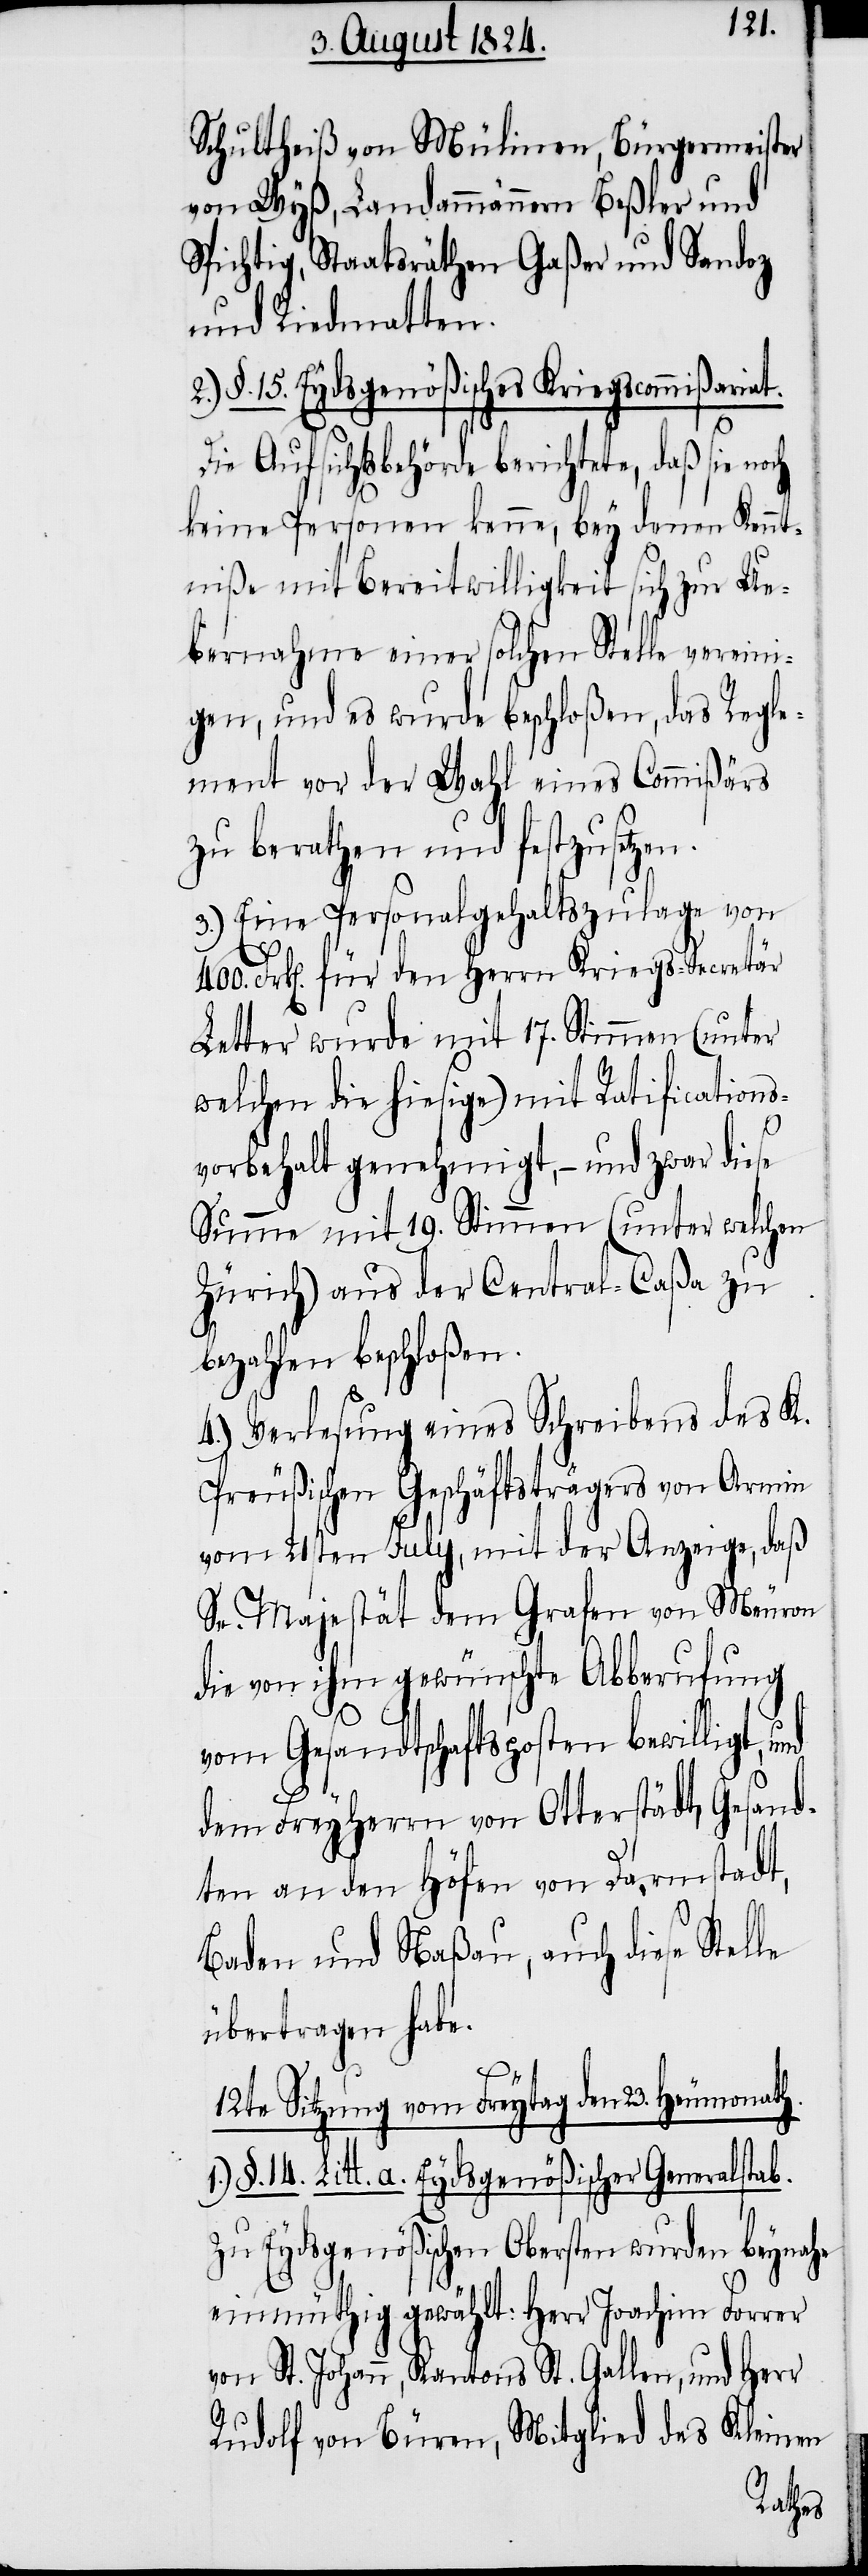
Schultheß von Mülinen, Bürgermeister
von Wyß, Landammann Beßler und
Spichtig, Staatsräthen Gaßer und Sandoz
und Riedmatten.
2.) §.15. Eydsgenößisches Kriegscommißariat.
Die Aufsichtsbehörde berichtete, daß sie
keine Personen kenne, bey denen Kennt¬
niße und Bereitwilligkeit sich zur Ue¬
bernahme einer solchen Stelle vereini¬
gen, und es wurde beschloßen, das Regle¬
ment vor der Wahl eines Commißärs
zu berathen und festzusetzen.
3.) Eine Personalgehaltszulage von
400. Frk[en]. für den Herrn Kriegs-Secretär
Letter wurde mit 17. Stimmen (unter
welchen die hiesige) mit Ratifications¬
vorbehalt genehmigt, – und zwar diese
Summe mit 19. Stimmen (unter welchen
Zürich) aus der Central-Caßa zu
bezahlen beschloßen.
4.) Verlesung eines Schreibens des K.
Preußischen Geschäftsträgers von Armin
vom 21sten July, mit der Anzeige, daß
Se. Majestät dem Grafen von Meuron
die von ihm gewünschte Abberufung
vom Gesandschaftsposten bewilligt,
dem Freyherrn von Otterstädt, Gesand¬
ten an den Höfen von Darmstadt,
Baden und Naßau, auch diese Stelle
übertragen habe.
12te Sitzung vom Freytag dem 23. Heumonath.
§. 14. Litt. a. Eydsgenößischer Generalstab.
Zu Eydsgenößischen Obersten wurden beynahe
einmüthig gewählt: Herr Joachim Forrer
von St. Johann, Kantons St. Gallen, und Herr
Rudolf von Büren, Mitglied des Kleinen